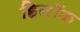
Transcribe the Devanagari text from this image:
ह्विलॉक